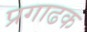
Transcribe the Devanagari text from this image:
प्रगाढक